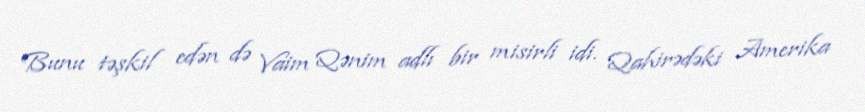
Bunu təşkil edən də Vaim Qənim adlı bir misirli idi. Qahirədəki Amerika